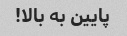
پایین به بالا!